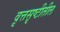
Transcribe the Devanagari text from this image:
वृत्तसृष्टीतील